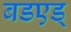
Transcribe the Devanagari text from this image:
बडएड्